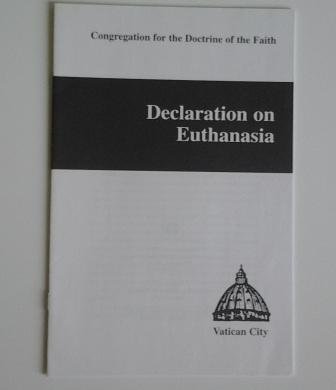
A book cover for Declaration on Euthanasia; Congregation For The Doctrine Of The Faith; Medical Books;